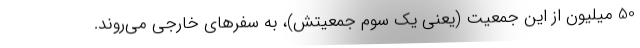
50 میلیون از این جمعیت (یعنی یک سوم جمعیتش)، به سفرهای خارجی می‌روند.